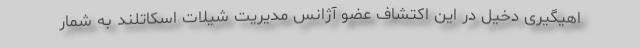
اهیگیری دخیل در این اکتشاف عضو آژانس مدیریت شیلات اسکاتلند به شمار